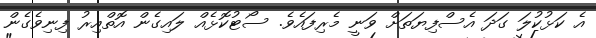
އެ ކަޅުކުލަ ގަދަ އެސްފިޔަތަށް ވަނީ މެރިފައެވެ. ސޯޓުކޮޅެއް ލައިގެން އޮތްއިރު ފިނިވެގެން